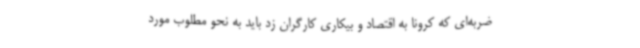
ضربه‌ای که کرونا به اقتصاد و بیکاری کارگران زد باید به نحو مطلوب مورد